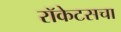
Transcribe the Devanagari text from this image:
रॉकेटसचा